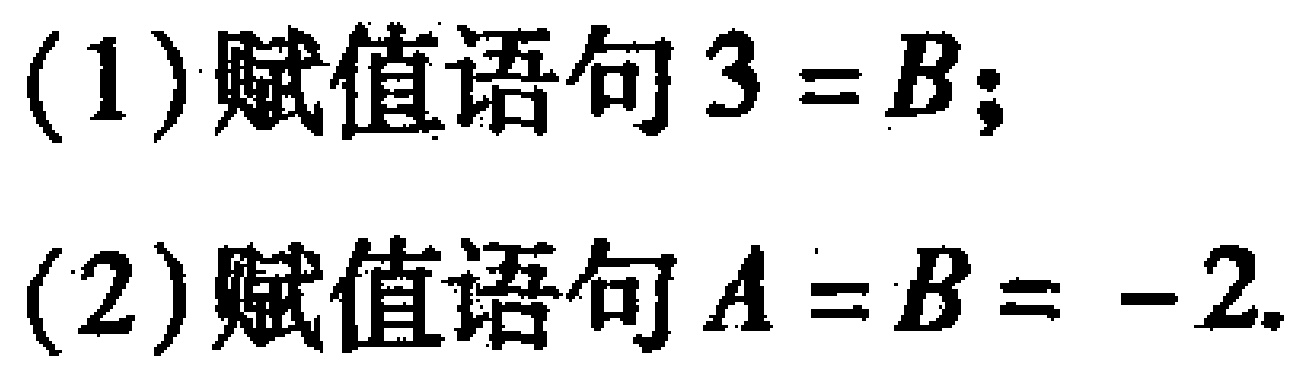
(1)赋值语句\(3 = B\);
(2)赋值语句\(A = B = -2\).